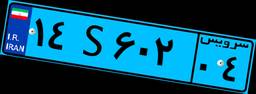
۱۴S۷۰۱۲۱